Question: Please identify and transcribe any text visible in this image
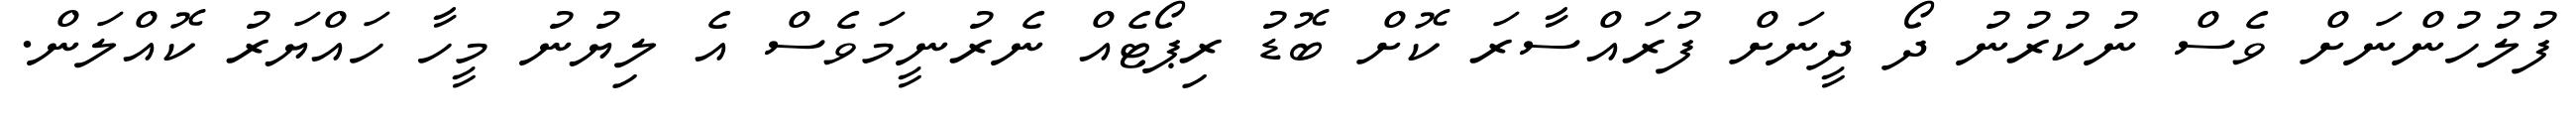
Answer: ފުލުހުންނަށް ވެސް ނުކުރުނު ދޯ ދީނަށް ފުރައްސާރަ ކޮށް ބޮޑު ރިޕޯޓެއް ނެރުނީމަވެސް އެ ލިޔުނު މީހާ ހައްޔަރު ކޮއްލަން.